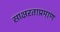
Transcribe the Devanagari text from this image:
साक्षरताप्रमाण